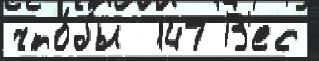
что́бы  147 В'ес